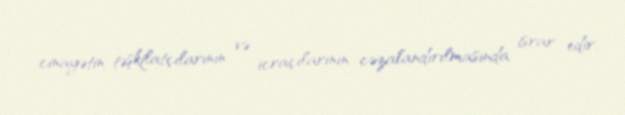
cinayətin təşkilatçılarının və icraçılarının cəzalandırılmasında israr edir.